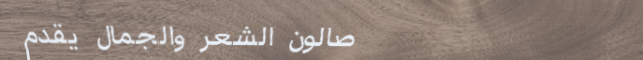
صالون الشعر والجمال يقدم